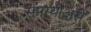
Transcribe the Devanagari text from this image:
समस्याअसे